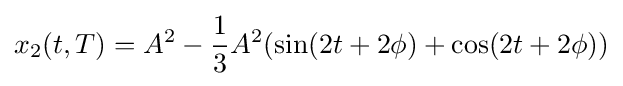
x_{2}(t,T)=A^{2}-{\frac {1}{3}}A^{2}(\sin(2t+2\phi )+\cos(2t+2\phi ))